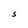
Character: S